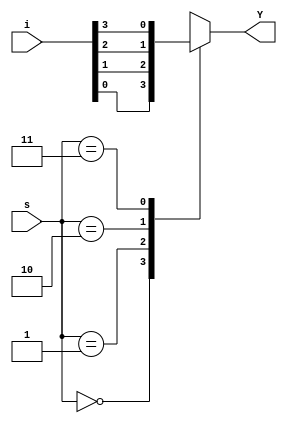
module fxomuxb (
    i,s,Y
);
    input [3:0]i;
    input [1:0]s;
    output Y;

    reg Y ;
     wire [1:0] s;
     wire [3:0] i;

    always @(i or s) begin
        case(s)
            2'b00: Y=i[0];
            2'b01: Y=i[1];
            2'b10: Y=i[2];
            2'b11: Y=i[3];
        endcase
    end
endmodule